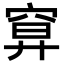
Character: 𥦍